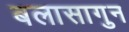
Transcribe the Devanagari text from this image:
बलासागुन